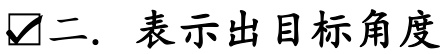
✔二. 表示出目标角度